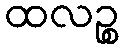
ထလဉ္စ